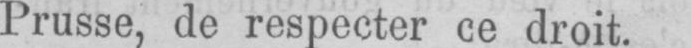
Prusse, de respecter ce droit.